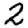
Digit: 2